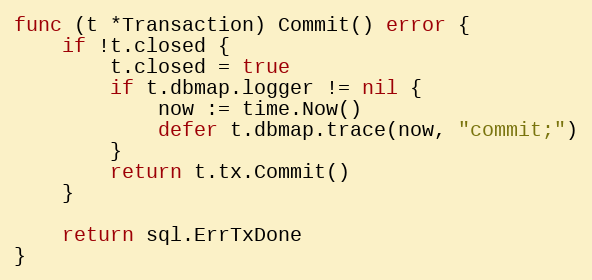
Language: Go
func (t *Transaction) Commit() error {
	if !t.closed {
		t.closed = true
		if t.dbmap.logger != nil {
			now := time.Now()
			defer t.dbmap.trace(now, "commit;")
		}
		return t.tx.Commit()
	}

	return sql.ErrTxDone
}